Vaccination in Burma 1912-1922 - 1912-1922
Year: 1912
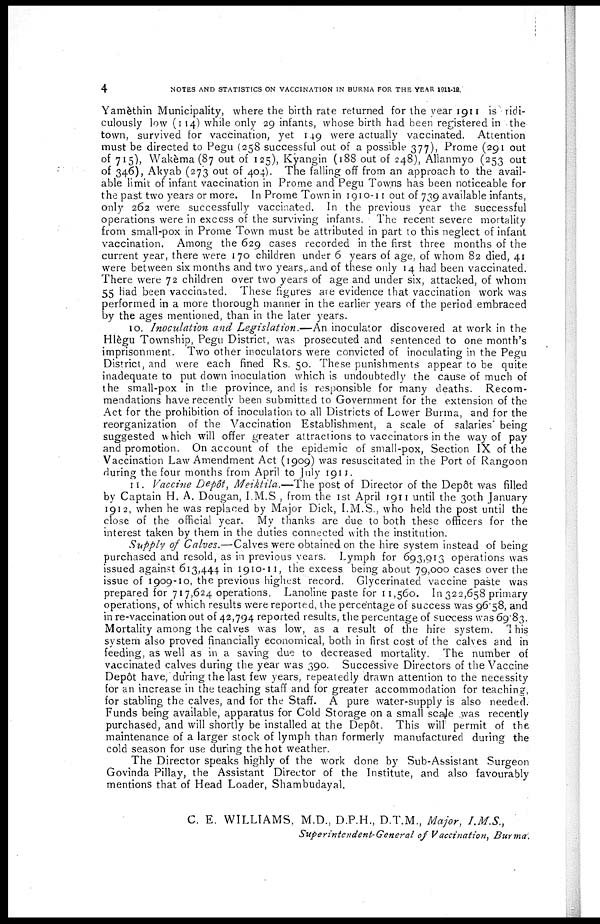
4
NOTES AND STATISTICS ON VACCINATION IN BURMA FOR THE YEAR 1911-12.
Yamèthin Municipality, where the birth rate returned for the year 1911 is ridi-
culously low (114) while only 29 infants, whose birth had been registered in the
town, survived for vaccination, yet 149 were actually vaccinated. Attention
must be directed to Pegu (258 successful out of a possible 377), Prome (291 out
of 715), Wakèma (87 out of 125), Kyangin (188 out of 248), Allanmyo (253 out
of 346), Akyab (273 out of 404). The falling off from an approach to the avail-
able limit of infant vaccination in Prome and Pegu Towns has been noticeable for
the past two years or more. In Prome Town in 1910-11 out of 739 available infants,
only 262 were successfully vaccinated. In the previous year the successful
operations were in excess of the surviving infants. The recent severe mortality
from small-pox in Prome Town must be attributed in part to this neglect of infant
vaccination. Among the 629 cases recorded in the first three months of the
current year, there were 170 children under 6 years of age, of whom 82 died, 41
were between six months and two years, and of these only 14 had been vaccinated.
There were 72 children over two years of age and under six, attacked, of whom
55 had been vaccinated. These figures are evidence that vaccination work was
performed in a more thorough manner in the earlier years of the period embraced
by the ages mentioned, than in the later years.
10. Inoculation and Legislation.—An
inoculator discovered at work in the
Hlègu Township, Pegu District, was prosecuted and sentenced to one month's
imprisonment. Two other inoculators were convicted of inoculating in the Pegu
District, and were each fined Rs. 50. These punishments appear to be quite
inadequate to put clown inoculation which is undoubtedly the cause of much of
the small-pox in the province, and is responsible for many deaths. Recom-
mendations have recently been submitted to Government for the extension of the
Act for the prohibition of inoculation to all Districts of Lower Burma, and for the
reorganization of the Vaccination Establishment, a scale of salaries being
suggested which will offer greater attractions to vaccinators in the way of pay
and promotion. On account of the epidemic of small-pox, Section IX of the
Vaccination Law Amendment Act (1909) was resuscitated in the Port of Rangoon
during the four months from April to July 1911.
11. Vaccine Depôt, Meiktila.—The
post of Director of the Depôt was filled
by Captain H. A. Dougan, I.M.S., from the 1st April 1911 until the 30th January
1912, when he was replaced by Major Dick, I.M.S., who held the post until the
close of the official year. My thanks are due to both these officers for the
interest taken by them in the duties connected with the institution.
Supply of Calves.—Calves were obtained on the hire system instead of being
purchased and resold, as in previous years. Lymph for 693,913 operations was
issued against 613,444 in 1910-11, the excess being about 79,000 cases over the
issue of 1909-10, the previous highest record. Glycerinated vaccine paste was
prepared for 717,624 operations. Lanoline paste for 11,560. In 322,658 primary
operations, of which results were reported, the percentage of success was 96.58, and
in re-vaccination out of 42,794 reported results, the percentage of success was 69.83.
Mortality among the calves was low, as a result of the hire system. This
system also proved financially economical, both in first cost of the calves and in
feeding, as well as in a saving due to decreased mortality. The number of
vaccinated calves during the year was 390. Successive Directors of the Vaccine
Depôt have, during the last few years, repeatedly drawn attention to the necessity
for an increase in the teaching staff and for greater accommodation for teaching,
for stabling the calves, and for the Staff. A pure water-supply is also needed.
Funds being available, apparatus for Cold Storage on a small scale was recently
purchased, and will shortly be installed at the Depôt. This will permit of the
maintenance of a larger stock of lymph than formerly manufactured during the
cold season for use during the hot weather.
The Director speaks highly of the work done by Sub-Assistant Surgeon
Govinda Pillay, the Assistant Director of the Institute, and also favourably
mentions that of Head Loader, Shambudayal.
C. E. WILLIAMS, M.D., D.P.H., D.T.M., Major,
I.M.S.,
Superintendent-General of Vaccination, Burma.